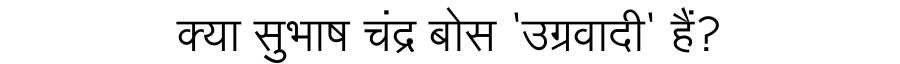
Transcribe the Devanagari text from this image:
क्या सुभाष चंद्र बोस 'उग्रवादी' हैं?